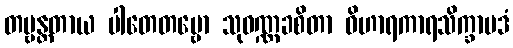
တဗ္ဗန္တတာယ ပါတေတဗ္ဗော သုဝဏ္ဏခစိတာ ဝိဟာရကာရသိက္ခာပဒံ